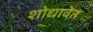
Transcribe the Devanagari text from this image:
शोधावेत